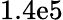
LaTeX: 1.4\mathrm{e}5